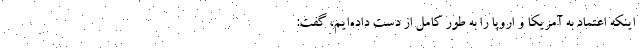
اینکه اعتماد به آمریکا و اروپا را به طور کامل از دست داده‌ایم، گفت: